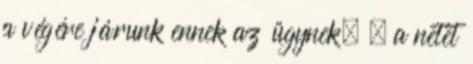
a végére járunk ennek az ügynek. , a netet